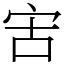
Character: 㝒